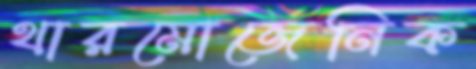
থারমোজেনিক